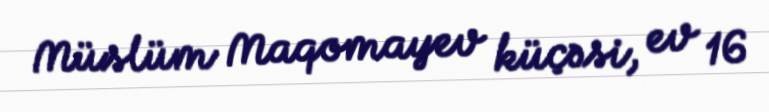
Müslüm Maqomayev küçəsi, ev 16